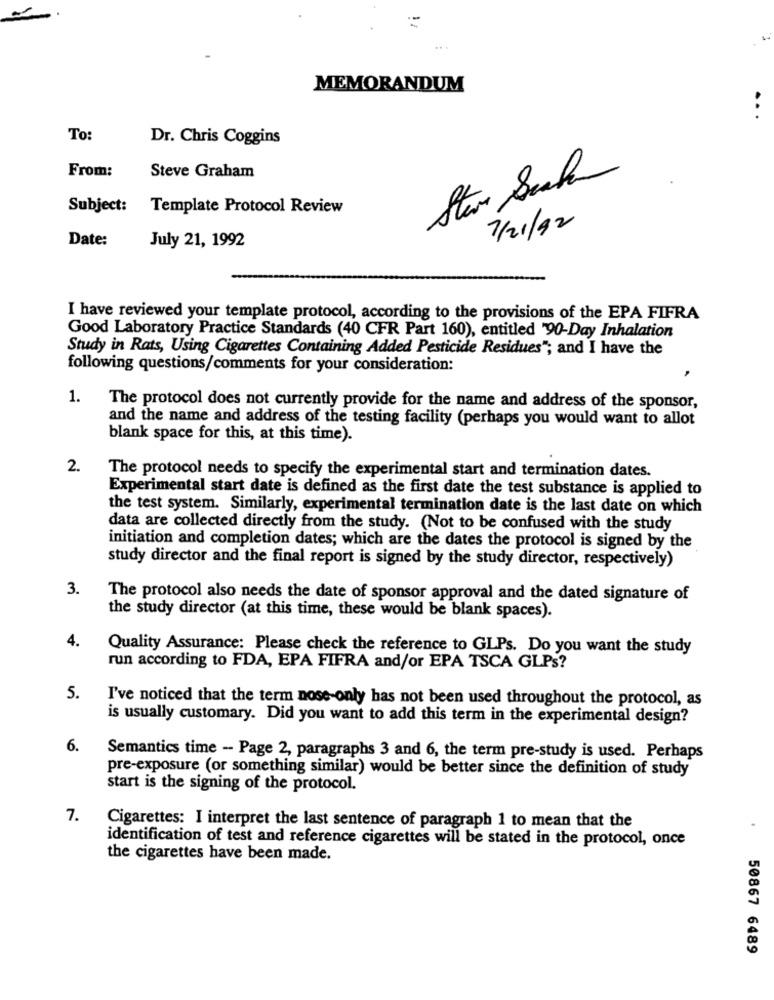
MEMORANDUM
To:
Dr. Chris Coggins
From:
Steve Graham
Subject:
Template Protocol Review
7/21/92
Date:
July 21, 1992
I have reviewed your template protocol, according to the provisions of the EPA FIFRA
Good Laboratory Practice Standards (40 CFR Part 160), entitled "90-Day Inhalation
Study in Rats, Using Cigarettes Containing Added Pesticide Residues"; and I have the
following questions/comments for your consideration:
1.
The protocol does not currently provide for the name and address of the sponsor,
and the name and address of the testing facility (perhaps you would want to allot
blank space for this, at this time).
2.
The protocol needs to specify the experimental start and termination dates.
Experimental start date is defined as the first date the test substance is applied to
the test system. Similarly, experimental termination date is the last date on which
data are collected directly from the study. (Not to be confused with the study
initiation and completion dates; which are the dates the protocol is signed by the
study director and the final report is signed by the study director, respectively)
3.
The protocol also needs the date of sponsor approval and the dated signature of
the study director (at this time, these would be blank spaces).
4.
Quality Assurance: Please check the reference to GLPs. Do you want the study
run according to FDA, EPA FIFRA and/or EPA TSCA GLPs?
5.
I've noticed that the term nose-only has not been used throughout the protocol, as
is usually customary. Did you want to add this term in the experimental design?
6.
Semantics time - Page 2, paragraphs 3 and 6, the term pre-study is used. Perhaps
pre-exposure (or something similar) would be better since the definition of study
start is the signing of the protocol.
7.
Cigarettes: I interpret the last sentence of paragraph 1 to mean that the
identification of test and reference cigarettes will be stated in the protocol, once
the cigarettes have been made.
50867 6489